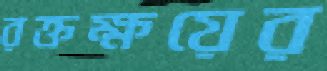
রক্তক্ষয়ের